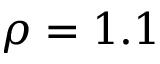
\rho = 1 . 1